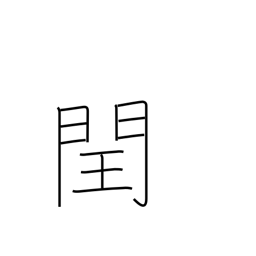
Meaning: intercalation